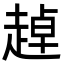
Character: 趠